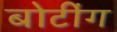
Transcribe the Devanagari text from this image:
बोटींग